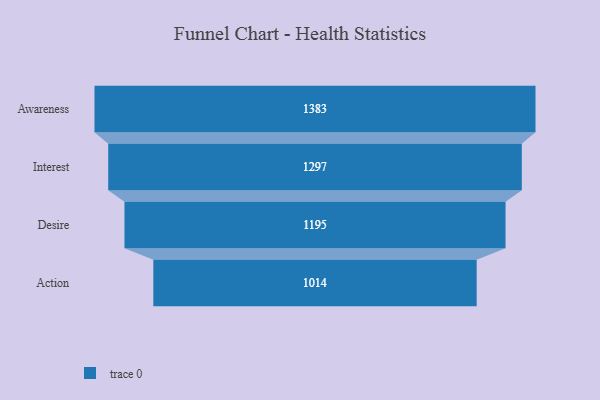
{"axis": {"x": "Stage", "y": "Value"}, "legend": [""], "data": [{"x": "Awareness", "y": 1383.0, "type": ""}, {"x": "Interest", "y": 1297.0, "type": ""}, {"x": "Desire", "y": 1195.0, "type": ""}, {"x": "Action", "y": 1014.0, "type": ""}]}